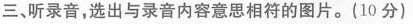
三、听录音，选出与录音内容意思相符的图片。(10分)